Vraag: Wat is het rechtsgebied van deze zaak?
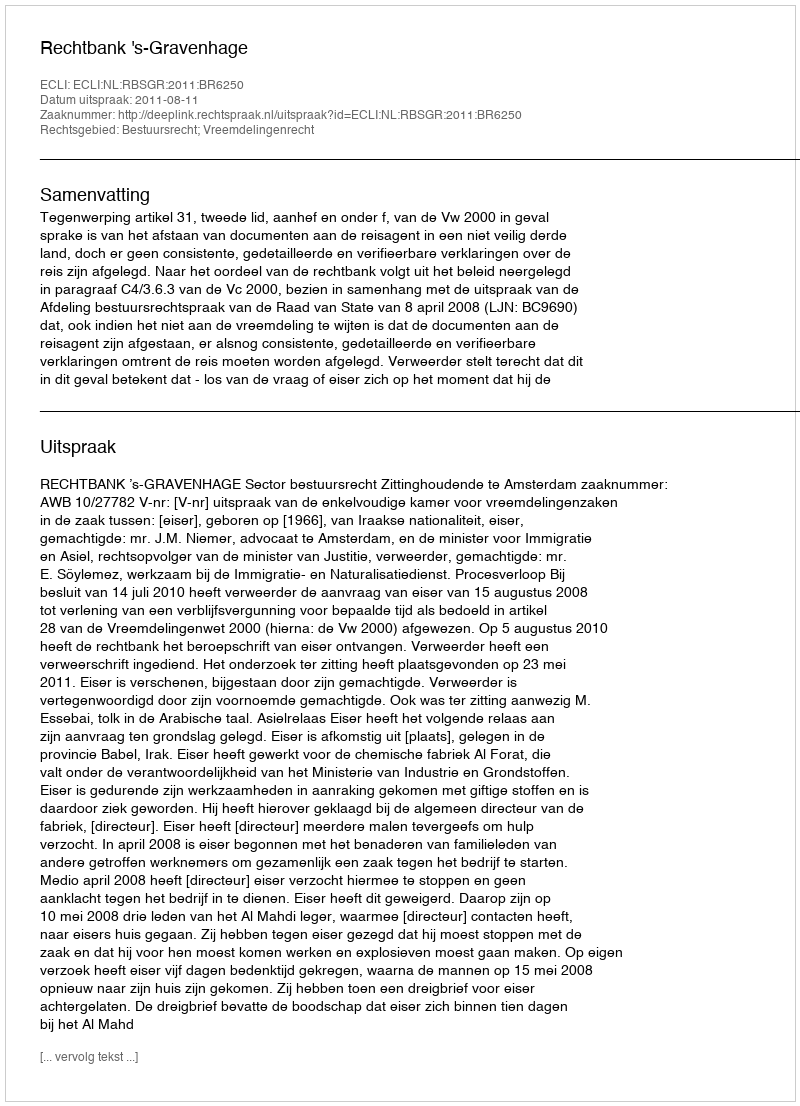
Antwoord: Bestuursrecht; Vreemdelingenrecht